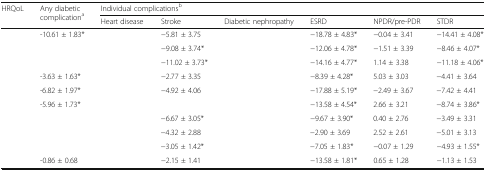
<table><thead><tr><td rowspan="2"><b>HRQoL</b></td><td rowspan="2"><b>Any diabetic complication<sup>a</sup></b></td><td colspan="6"><b>Individual complications<sup>b</sup></b></td></tr><tr><td><b>Heart disease</b></td><td><b>Stroke</b></td><td><b>Diabetic nephropathy</b></td><td><b>ESRD</b></td><td><b>NPDR/pre-PDR</b></td><td><b>STDR</b></td></tr></thead><tbody><tr><td>[EMPTY_CELL]</td><td>-10.61 ± 1.83*</td><td>[EMPTY_CELL]</td><td>−5.81 ± 3.75</td><td>[EMPTY_CELL]</td><td>−18.78 ± 4.83*</td><td>−0.04 ± 3.41</td><td>−14.41 ± 4.08*</td></tr><tr><td>[EMPTY_CELL]</td><td>[EMPTY_CELL]</td><td>[EMPTY_CELL]</td><td>−9.08 ± 3.74*</td><td>[EMPTY_CELL]</td><td>−12.06 ± 4.78*</td><td>−1.51 ± 3.39</td><td>−8.46 ± 4.07*</td></tr><tr><td>[EMPTY_CELL]</td><td>[EMPTY_CELL]</td><td>[EMPTY_CELL]</td><td>−11.02 ± 3.73*</td><td>[EMPTY_CELL]</td><td>−14.16 ± 4.77*</td><td>1.14 ± 3.38</td><td>−11.18 ± 4.06*</td></tr><tr><td>[EMPTY_CELL]</td><td>-3.63 ± 1.63*</td><td>[EMPTY_CELL]</td><td>−2.77 ± 3.35</td><td>[EMPTY_CELL]</td><td>−8.39 ± 4.28*</td><td>5.03 ± 3.03</td><td>−4.41 ± 3.64</td></tr><tr><td>[EMPTY_CELL]</td><td>-6.82 ± 1.97*</td><td>[EMPTY_CELL]</td><td>−4.92 ± 4.06</td><td>[EMPTY_CELL]</td><td>−17.88 ± 5.19*</td><td>−2.49 ± 3.67</td><td>−7.42 ± 4.41</td></tr><tr><td>[EMPTY_CELL]</td><td>-5.96 ± 1.73*</td><td>[EMPTY_CELL]</td><td>[EMPTY_CELL]</td><td>[EMPTY_CELL]</td><td>−13.58 ± 4.54*</td><td>2.66 ± 3.21</td><td>−8.74 ± 3.86*</td></tr><tr><td>[EMPTY_CELL]</td><td>[EMPTY_CELL]</td><td>[EMPTY_CELL]</td><td>−6.67 ± 3.05*</td><td>[EMPTY_CELL]</td><td>−9.67 ± 3.90*</td><td>0.40 ± 2.76</td><td>−3.49 ± 3.31</td></tr><tr><td>[EMPTY_CELL]</td><td>[EMPTY_CELL]</td><td>[EMPTY_CELL]</td><td>−4.32 ± 2.88</td><td>[EMPTY_CELL]</td><td>−2.90 ± 3.69</td><td>2.52 ± 2.61</td><td>−5.01 ± 3.13</td></tr><tr><td>[EMPTY_CELL]</td><td>[EMPTY_CELL]</td><td>[EMPTY_CELL]</td><td>−3.05 ± 1.42*</td><td>[EMPTY_CELL]</td><td>−7.05 ± 1.83*</td><td>−0.07 ± 1.29</td><td>−4.93 ± 1.55*</td></tr><tr><td>[EMPTY_CELL]</td><td>-0.86 ± 0.68</td><td>[EMPTY_CELL]</td><td>−2.15 ± 1.41</td><td>[EMPTY_CELL]</td><td>−13.58 ± 1.81*</td><td>0.65 ± 1.28</td><td>−1.13 ± 1.53</td></tr></tbody></table>